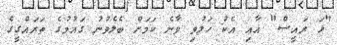
"ޅަ ރައީސް" އާއި އެކު ހަލުވި ވާނެ ކަމަށް ބެލެވުނު ގައުމުގެ ތަރައްގީގެ